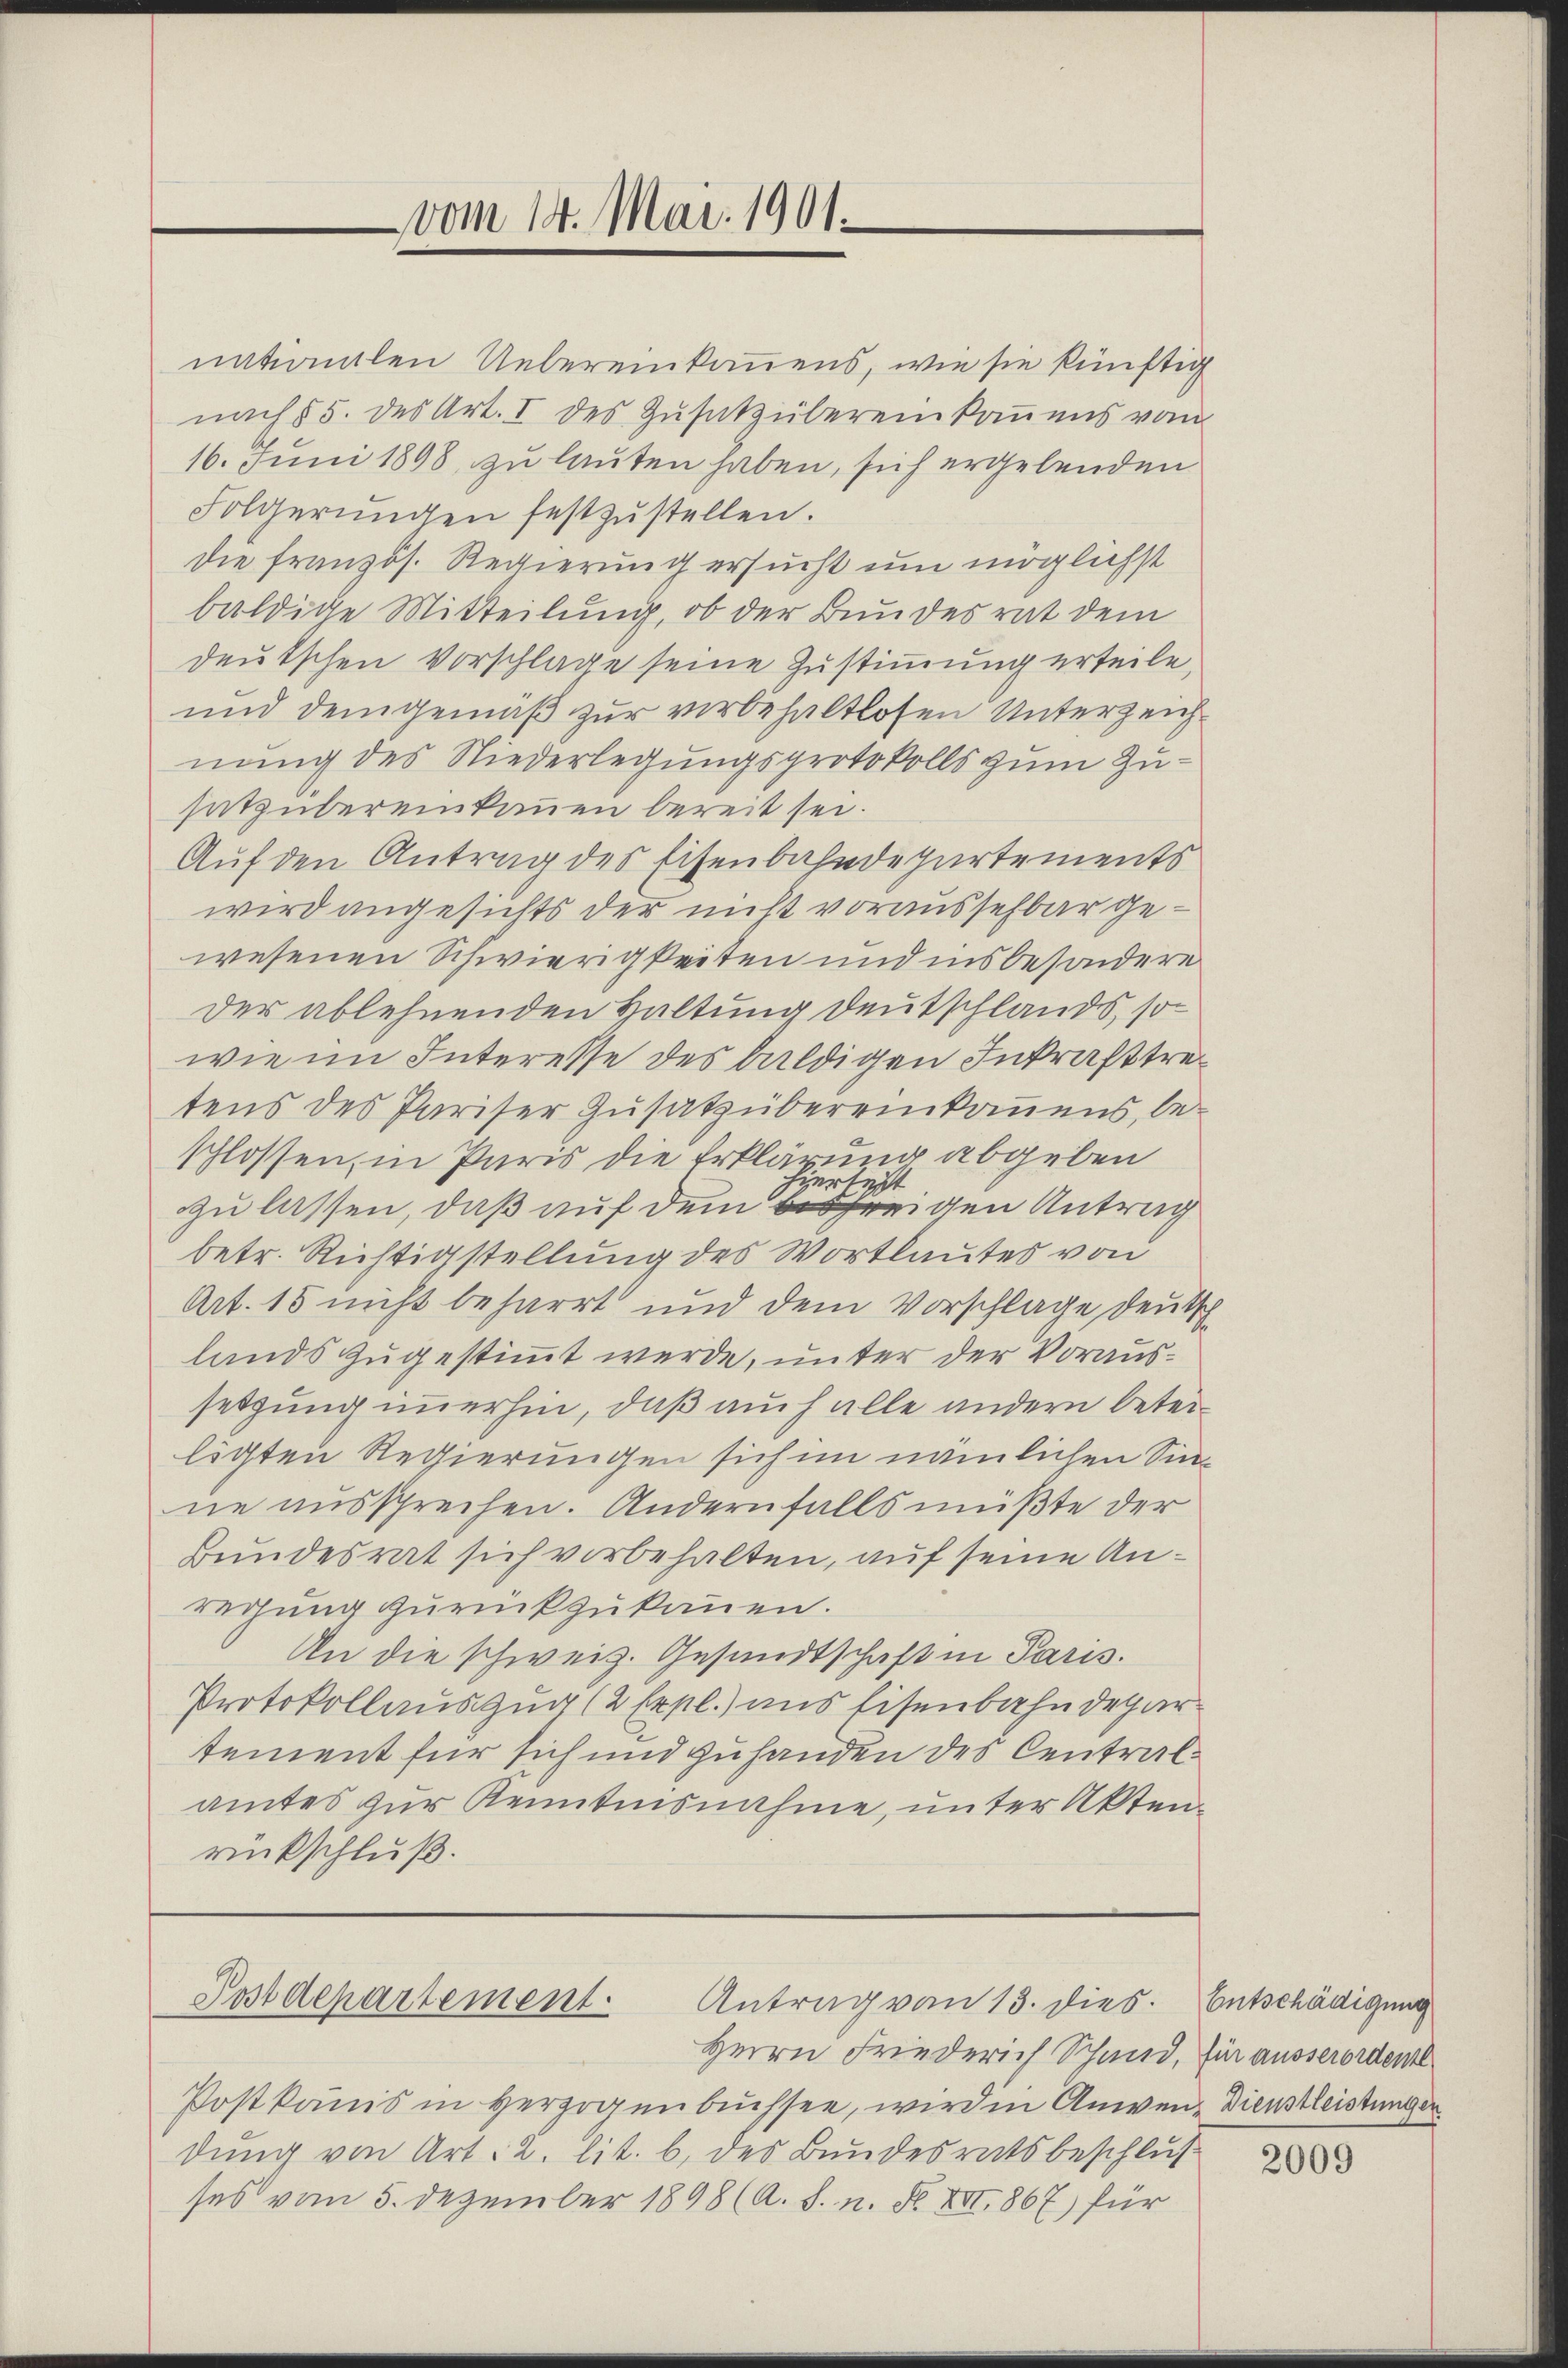
vom 14. Mai 1901.

nationalen Uebereinkamens, wie sie künftig
nach § 5. des Art. I des Zŭsatz übereinkommens vom
16. Juni 1898, zu lauten haben, sich ergebenden
Folgerŭngen festzŭstellen.
die französ. Regierung ersucht um möglichst
buldige Mitteilung, ob der Bundesrat dem
deutschen Vorschlage seine Zustimmung erteile,
und demgemäß zur vorbehaltlosen Unterzeichnung des Niederlegungsprotokolls zum Zusatz übereinkamen bereit sei.
Auf den Antrag des Eisenbahndepartements
wird angesichts der nicht voraussehbar gewesenen Schwierigkeiten und insbesondere
der ablehnenden Haltung Deutschlands, so
wie im Interesse des baldigen Inkrafttretens des Pariser Zusatz übereinkommens, be-
schlossen, in Paris die Erklärung abgeben
Viertest
zu lassen, daß auf dem freigen Antrag
betr. Richtigstellung des Wortlautes von
Art. 15 nicht beharrt und dem Vorschlage deutsch
lands zugestimmt werde, unter der Voraussetzung immerhin, daß auch alle andern beteiligten Regierungen sich im nämlichen Sinne aussprechen. Andernfalls müßte der
Bundesrat sich vorbehalten, auf seine Anregung zurückzukommen.
An die schweiz. Gesandtschaft in Paris.
Protokollauszug (2 Expl.) uns Eisenbahndepartement für sich und zuhanden des Centralamtes zur Kenntnisnahme, unter Aktenrückschluß.

Postdepartement.
Antrag von 13. dies. Entschädigung

Herrn Friederich Schand, für ausserordentl
Postkanis in verzogenbüchsee, wird in Anwen- Dienstleistungen
dung von Art. 2. lit. b. des Bundesratsbeschluß
ses vom 5. Dezember 1898 (A. S. n. F. XII. 867) für

2009